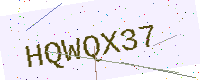
Text: HQWQX37